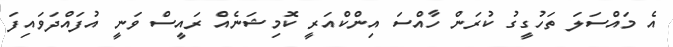
އެ މައްސަލަ ތަހުގީގު ކުރަން ހާއްސަ އިންކްއަރީ ކޮމިޝަނެއް ރައީސް ވަނީ އުފައްދަވައިފަ